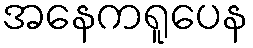
အနေကရူပေန